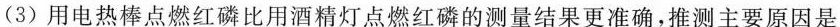
(3)用电热棒点燃红磷比用酒精灯点燃红磷的测量结果更准确，推测主要原因是